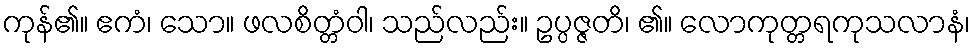
ကုန်၏။ ဧကံ၊ သော။ ဖလစိတ္တံဝါ၊ သည်လည်း။ ဥပ္ပဇ္ဇတိ၊ ၏။ လောကုတ္တရကုသလာနံ၊